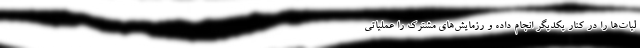
لیات‌ها را در کنار یکدیگر انجام داده و رزمایش‌های مشترک را عملیاتی